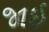
જાઈ